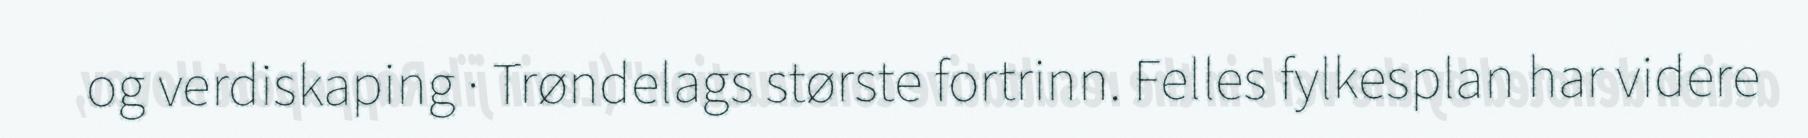
og verdiskaping · Trøndelags største fortrinn. Felles fylkesplan har videre